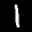
Label: 1